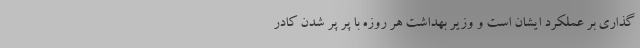
گذاری بر عملکرد ایشان است و وزیر بهداشت هر روزه با پر پر شدن کادر